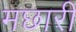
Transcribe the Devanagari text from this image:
मछारी